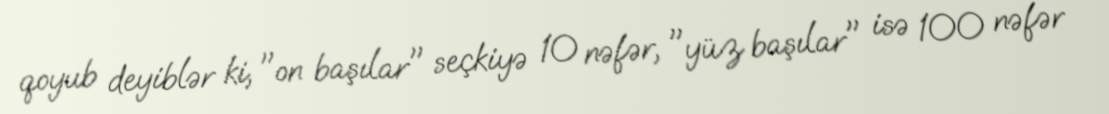
qoyub deyiblər ki, "on başılar" seçkiyə 10 nəfər, "yüz başılar" isə 100 nəfər